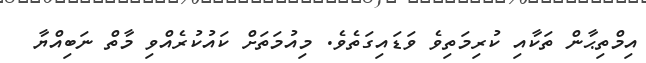
އިމްތިޙާން ތަކާއި ކުރިމަތިވެ ވަޑައިގަތެވެ. މިއުމަތަށް ކައުކުރެއްވި މާތް ނަބިއްޔާ